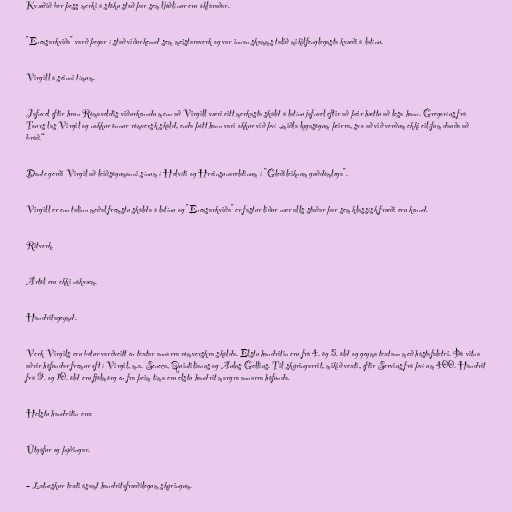
Kvæðið ber þess merki á stöku stað þar sem ljóðlínur eru ókláraðar.

"Eneasarkviða" varð þegar í stað viðurkennd sem meistaraverk og var innan skamms talið mikilfenglegasta kvæði á latínu.

Virgill á seinni tímum.

Jafnvel eftir hrun Rómaveldis viðurkenndu menn að Virgill væri eitt merkasta skáld á latínu jafnvel eftir að þeir hættu að lesa hann. Gregoríus frá
Tours las Virgil og nokkur önnur rómversk skáld, enda þótt hann vari okkur við því „miðla lygasögum þeirra, svo að við verðum ekki eilífum dauða að
bráð.“

Dante gerði Virgil að leiðsögumanni sínum í Helvíti og Hreinsunareldinum í "Gleðileiknum guðdómlega".

Virgill er enn talinn meðal fremstu skálda á latínu og "Eneasarkviða" er fastur liður nær alls staðar þar sem klassísk fræði eru kennd.

Ritverk.

Ártöl eru ekki nákvæm.

Handritageymd.

Verk Virgils eru betur varðveitt en textar annarra rómverskra skálda. Elstu handritin eru frá 4. ög 5. öld og geyma textann með hástafaletri. Þá vitna
aðrir höfundar fremur oft í Virgil, m.a. Seneca, Quintilianus og Aulus Gellius. Til skýringarrit, mikið vexti, eftir Servius frá því um 400. Handrit
frá 9. og 10. öld eru fjölmörg en fra þeim tíma eru elstu handrit margra annarra höfunda.

Helstu handritin eru:

Útgáfur og þýðingar.

– Latneskur texti ásamt handritafræðilegum skýringum.